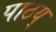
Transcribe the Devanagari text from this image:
पाठय्‌